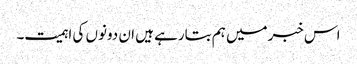
اس خبرمیں ہم بتارہے ہیں ان دونوں کی اہمیت۔